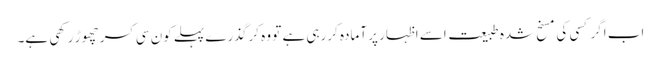
اب اگر کسی کی مسخ شدہ طبیعت اسے اظہار پر آمادہ کررہی ہے تو وہ کرگذرے پہلے کون سی کسر چھوڑ رکھی ہے۔